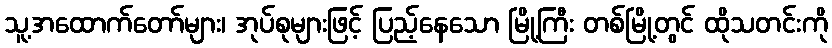
သူ့အထောက်တော်များ၊ အုပ်စုများဖြင့် ပြည့်နေသော မြို့ကြီး တစ်မြို့တွင် ထိုသတင်းကို